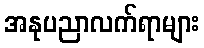
အနုပညာလက်ရာများ